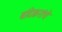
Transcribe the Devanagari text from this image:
बांदेकरांचे